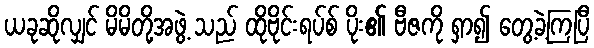
ယခုဆိုလျှင် မိမိတို့အဖွဲ့ သည် ထိုဗိုင်းရပ်စ် ပိုး၏ ဗီဇကို ရှာ၍ တွေ့ခဲ့ကြပြီ